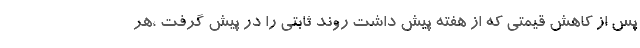
پس از کاهش قیمتی که از هفته پیش داشت روند ثابتی را در پیش گرفت ،هر